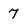
Character: 7